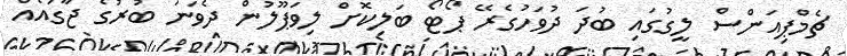
ޗެމްޕިއަންސް ލީގުގައި ބުދަ ދުވަހުގެރޭ ޕޯޓޯ ބަލިކޮށް ލިވަޕޫލުން ދެވަނަ ބުރުގެ ޖާގައެއް